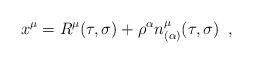
LaTeX: \begin{align*} x^{\mu}=R^{\mu}(\tau,\sigma)+\rho^{\alpha}n^{\mu}_{(\alpha)}(\tau,\sigma) \;\;,\end{align*}